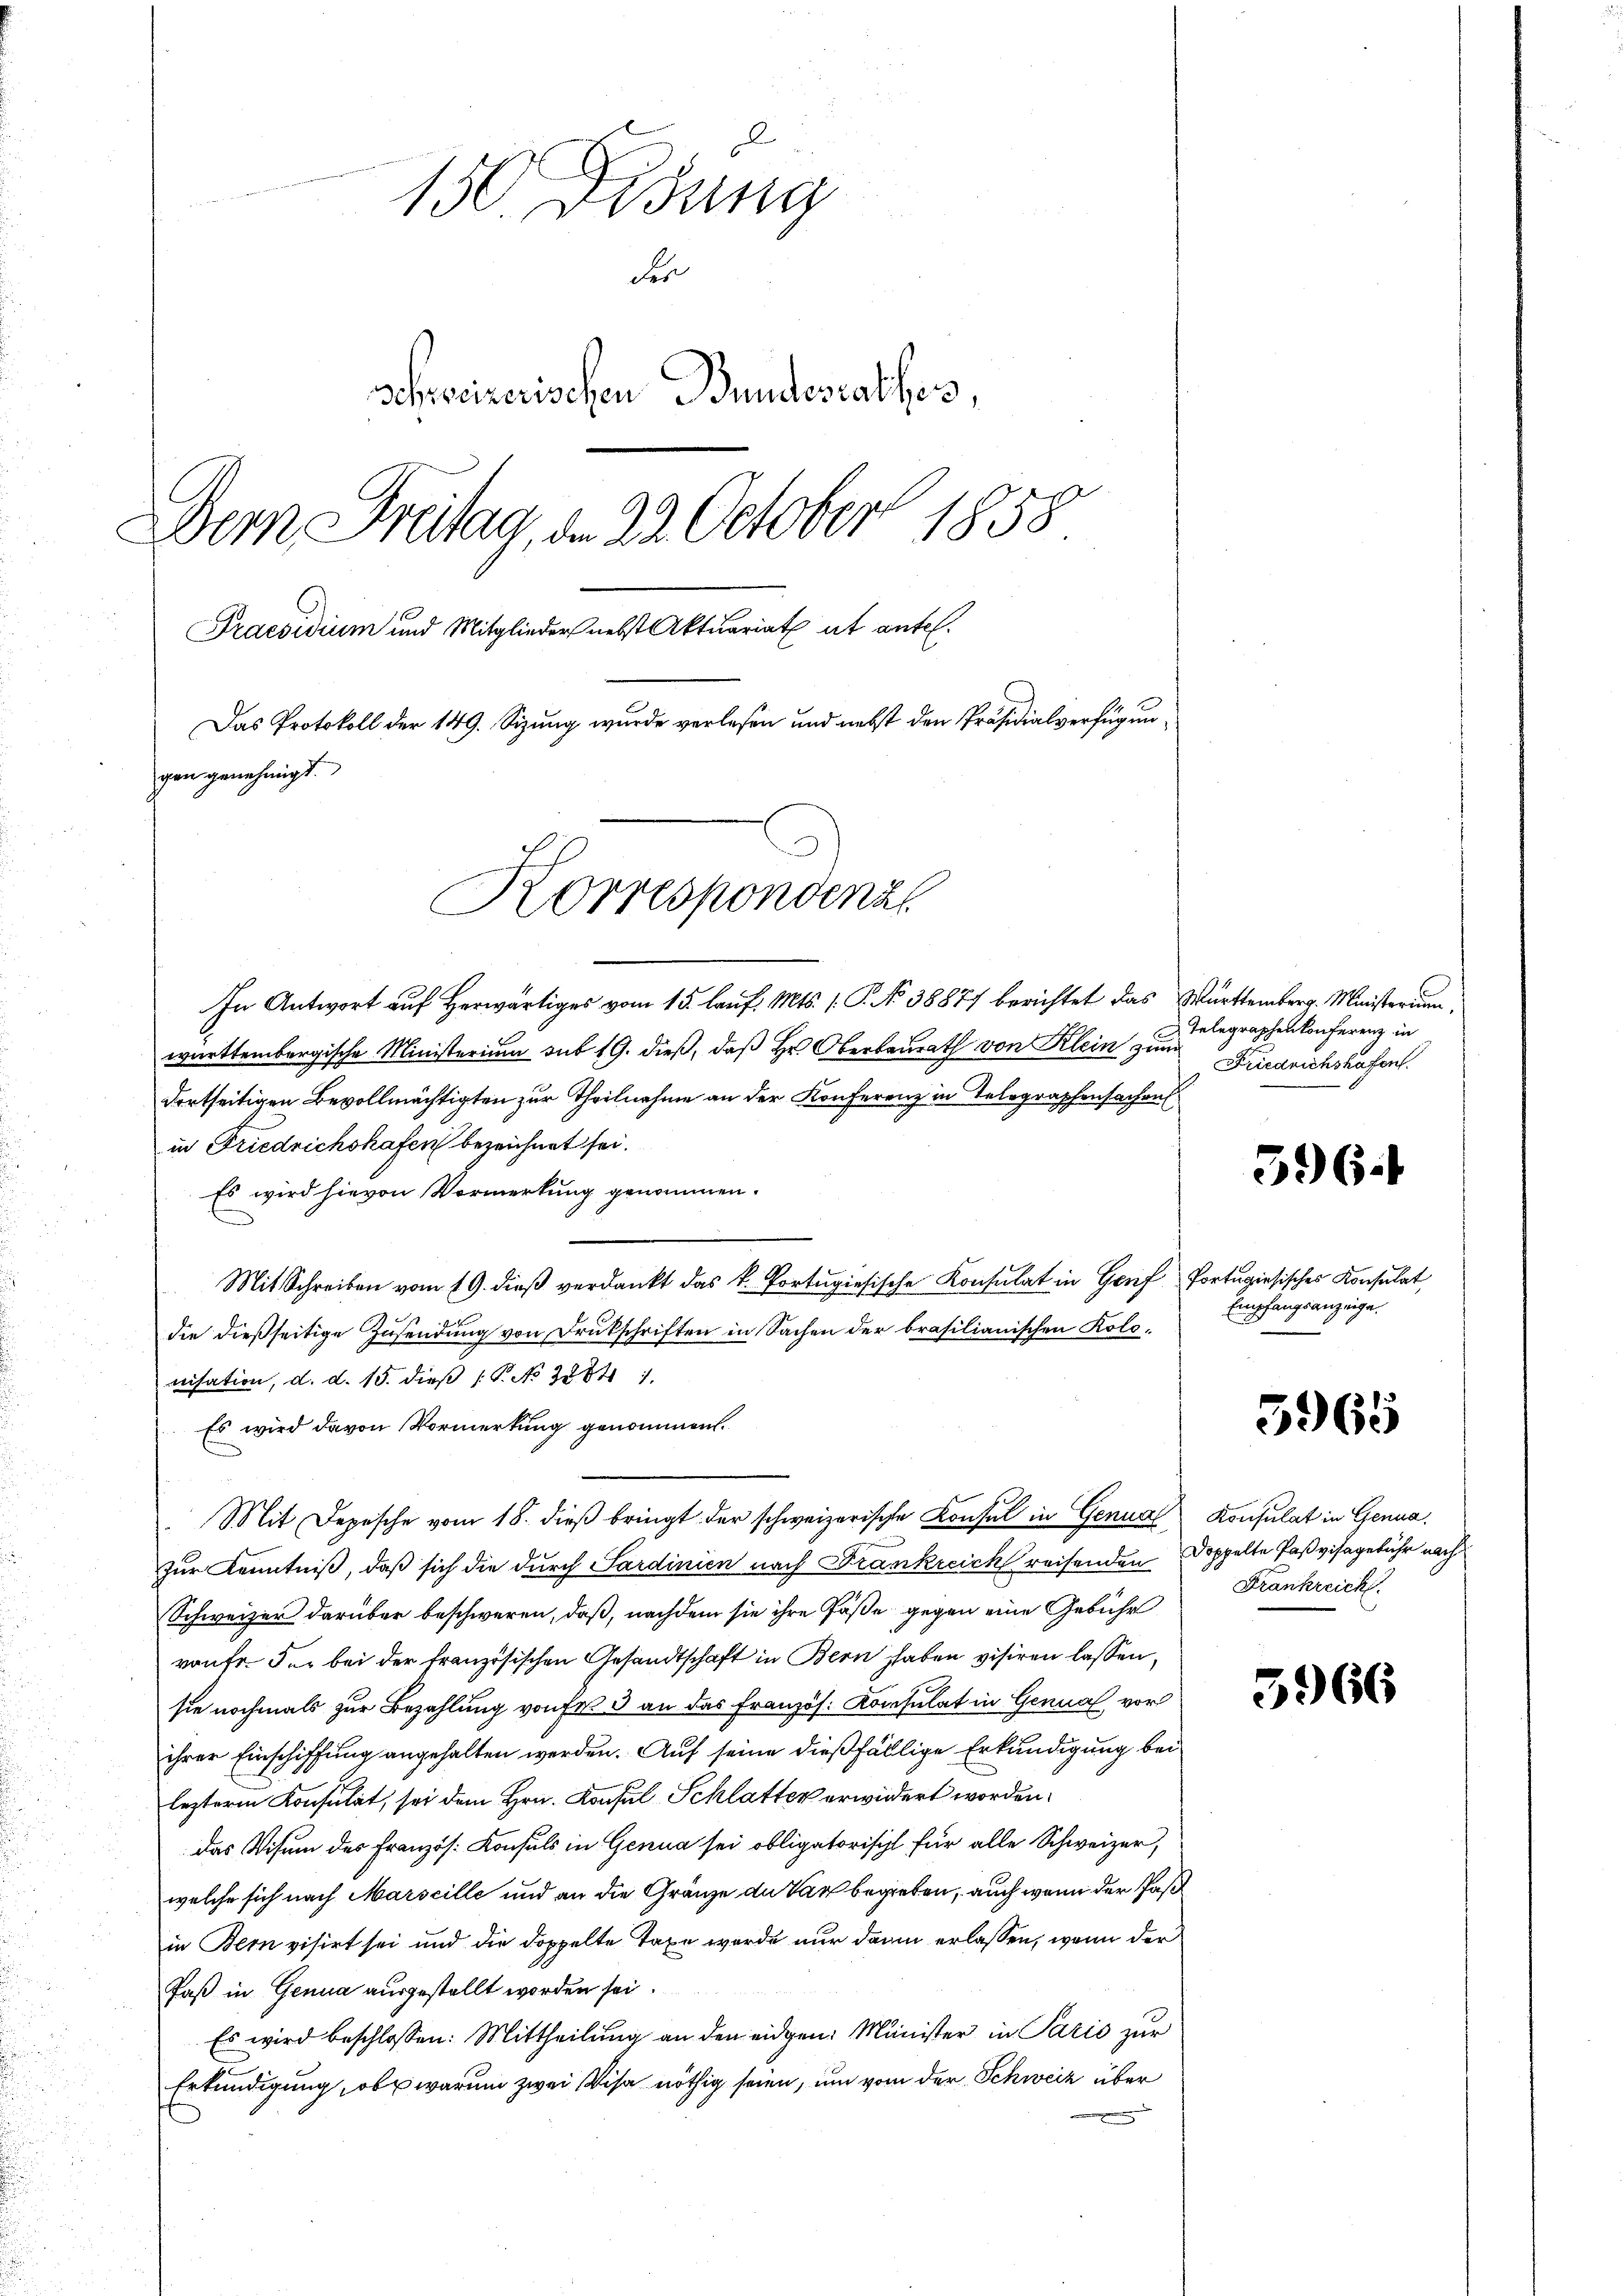
150 Didung
der
Schweizerischen Bundesrathes,
Dem Freitag, d. 22. October 1858
Praesidium und Mitglieder nebst Aktuariat et antel.
Das Protokoll der 149. Sizung wurde verlesen und nebst den Präsidialverfügungen genehmigt.

Korrespondenzl

In Antwort auf Herwärtiges vom 15. lauf. Mts. (: P. No 38877 berichtet das Württemberg. Ministerium
württembergische Ministerium sub 19. dieß, daß Hr. Oberbaurath von Klein zum
dortseitigen Bevollmächtigten zur Theilnahme an der Konferenz in Telegraphensachen
in Friedrichshafen bezeichnet sei.
Es wird hievon Vormerkung genommen.
Mit Schreiben vom 19. dieß verdankt das k. Portugisische Konsulat in Genf Portugisisches Konsulat
die dießseitige Zusendung von Drukschriften in Sachen der brasilianischen Kolonisation, d. d. 15. dieß P. No 38841.
Es wird davon Vormerkung genommen.
Mit Depesche vom 18. dieß bringt der schweizerische Konsul in Genua Konsulat in Genua
zur Kenntniß, daß sich die durch Sardinien nach Frankreich reisenden Doppelte Paßvisagebühr nach
Schweizer darüber beschweren, daß, nachdem sie ihre Fäße gegen eine Gebühr
ronfr. der bei der französischen Gesandtschaft in Bern haben visiren lassen,
sie nochmals zur Bezahlung von Fr. 3 an das Französ. Konsulat in Genua vor
ihrer Einschiffung angehalten werden. Auf seine dießfällige Erkundigung bei
leztere Konsulat, sei dem Hrn. Konsul Schlatter erwiedert worden.
das Visum des Französ. Konsuls in Genua sei obligatorischt für alle Schweizer,
welche sich nach Marseille und an die Gränze du Vag begreben, auch wenn der Pas
in Bern visirt sei und die doppelte Taxe wurde nur dann erlassen, wenn der
Faß in Genua ausgestellt worden sei.
Es wird beschlossen: Mittheilung an den eidgen: Minister in Paris zur
Erkundigung, ob warum zwei Visa nöthig seien, um vom der Schweiz über

Telegraphenkonferenz in
Friedrichshafen.

596.

Empfangsanzeige.

5965

Frankreich.

5966